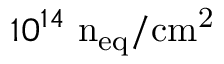
1 0 ^ { 1 4 } ~ \mathrm { n _ { e q } / c m ^ { 2 } }